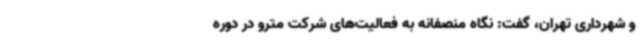
و شهرداری تهران، گفت: نگاه منصفانه به فعالیت‌های شرکت مترو در دوره